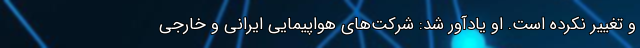
و تغییر نکرده است. او یادآور شد: شرکت‌های هواپیمایی ایرانی و خارجی